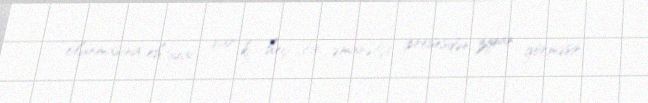
olunmasına ehtiyac var ki, heç bir əmanətçi prosesdən ziyan görməsin.